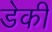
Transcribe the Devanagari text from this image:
डेकी